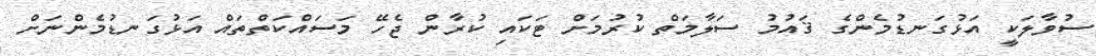
ސުވާލަކީ އަޅުގަނޑުމެންގެ ޤައުމު ސަލާމަތް ކުރުމަށް ޓަކައި ކުރާން ޖެހޭ މަސައްކަތްތައް އަޅުގަނޑުމެންނަށް